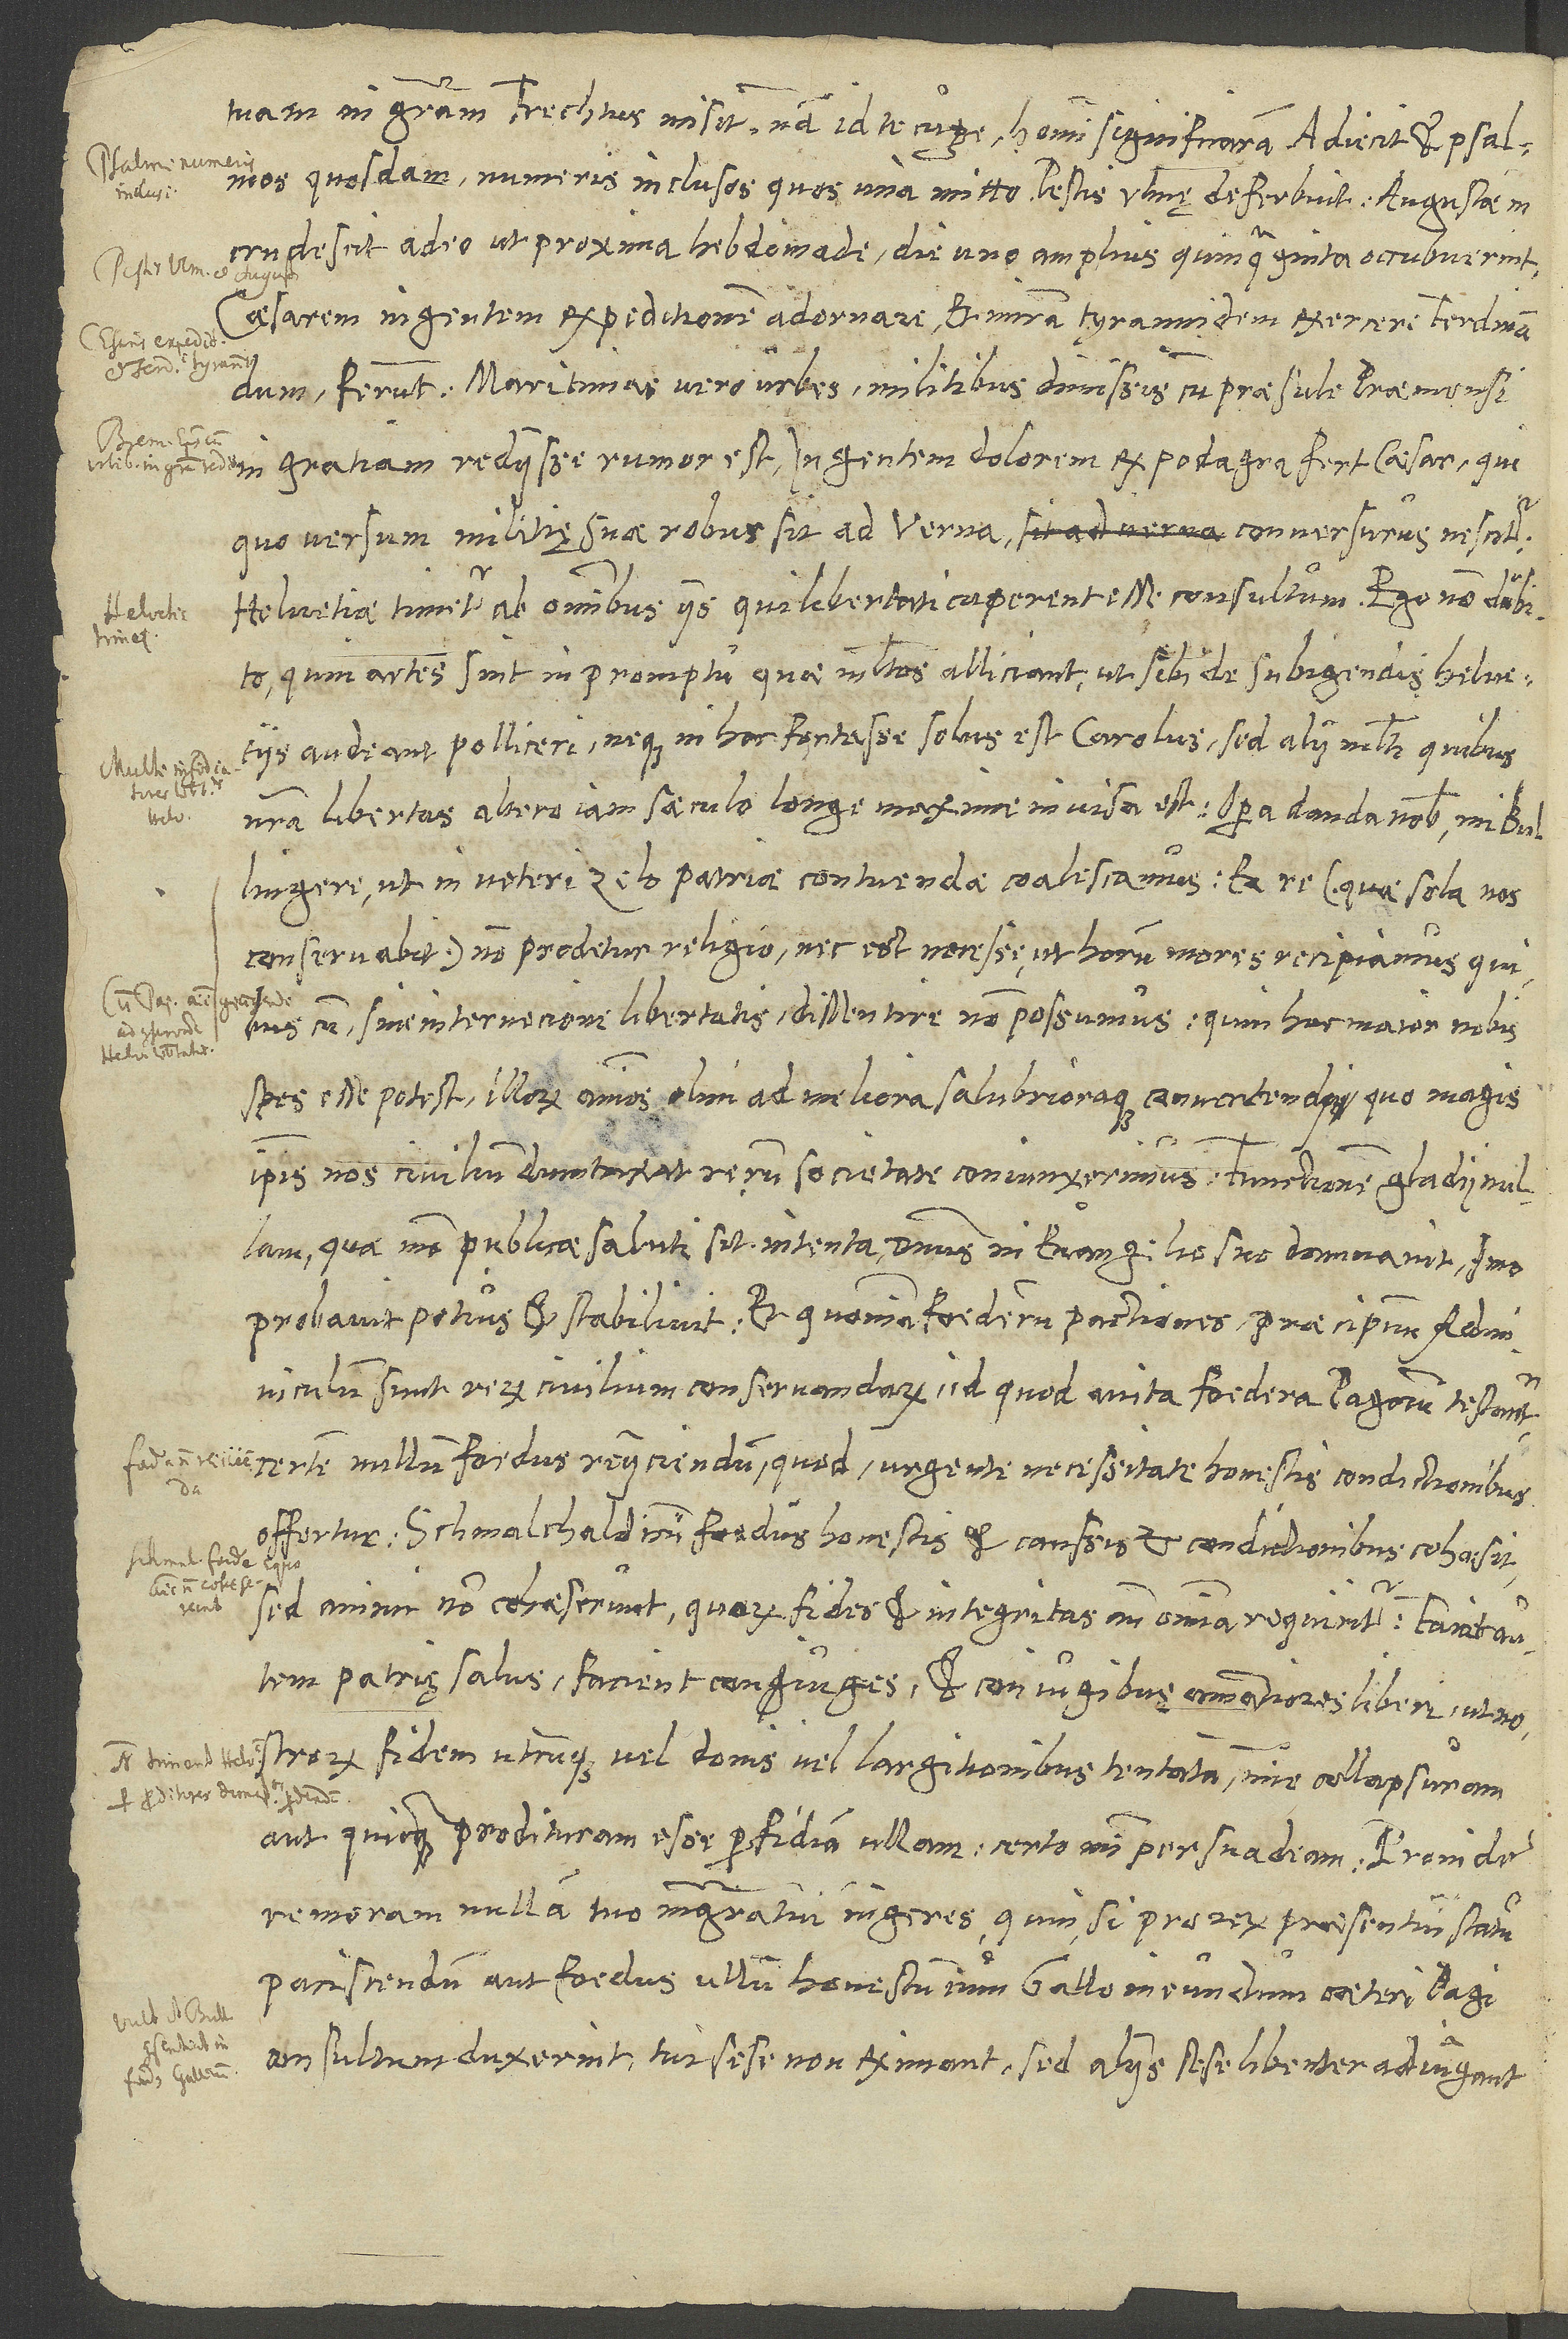
tuam in gratiam Frechtus misit, nam id te cupere homini significaram. Adiecit et psalmos
incrudescit adeo, ut proxima hebdomade die uno amplius quinquaginta occubuerint.
Caesarem ingentem expeditionem adornare et miram tyrannidem exercere Ferdinandum
ferunt. Maritimae vero urbes militibus dimissis cum praesule Praemensi
gratiam rediisse rumor est. Ingentem dolorem ex podagra fert caesar, qui,
S.
quo versum militię suae robur sit ad verna conversurus, nescitur:
Helvetiae, timetur ab omnibus iis, qui libertati cuperent esse consultum. Ego non dubito,
Helvetios,
quin artes sint in promptu, quae multos aliiciant, ut sibi de subigendis Helvetiis
audeant polliceri, neque in hoc fortasse solus est Carolus, sed alii multi, quibus
Bullingere, ut in veteri zelo patriae contuendae coalescamus. Ea re (quae sola nos
conservabit) non prodetur religio, nec est necesse, ut horum mores recipiamus, quibuscum
spes esse potest illorum animos olim ad meliora salubrioraque convertendi, quo magis
ipsis nos civilium dumtaxat rerum societate coniunxerimus! Functionem gladii nullam,
quae modo publicae saluti sit intenta, dominus in evangelio suo damnavit, imo
probavit potius et stabilivit, et quoniam foederum pactiones praecipuum adminiculum
sunt rerum civilium conservandarum, id quod avita foedera pagorum testantur,
certe nullum foedus reiiciendum, quod urgente necessitate honestis condictionibus
offertur. Schmalchaldicum foedus honestis et caussis et condictionibus cohaesit,
sed animi non cohaeserunt, quorum fides et integritas ante omnia requiritur. Faciet autem
patrię salus, facient coniuges et coniugibus amantiores liberi, ut
nostrorum fidem, utcunque vel donis vel largitionibus tentatam, minime collapsuram
aut quicquam prodituram esse perfidiam ullam certo mihi persuadeam. Proinde
remoram nullam tuo magistratui ingeres, quin, si pro rerum praesentium statu
paciscendum aut foedus ullum honestum cum Gallo ineundum ceteri pagi
consultum duxerint, tui sese non eximant, sed aliis sese libenter adiungant,